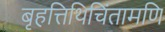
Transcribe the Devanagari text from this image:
बृहत्तिथिचिंतामणि